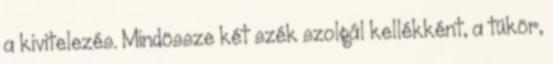
a kivitelezés. Mindössze két szék szolgál kellékként, a tükör,